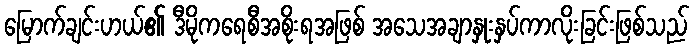
မြောက်ချင်းဟယ်၏ ဒီမိုကရေစီအစိုးရအဖြစ် အသေအချာနှုးနှပ်ကာလိုးခြင်းဖြစ်သည်